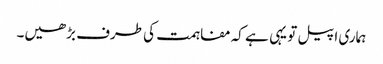
ہماری اپیل تو یہی ہے کہ مفاہمت کی طرف بڑھیں۔